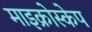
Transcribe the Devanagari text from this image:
माइक्रोस्केप